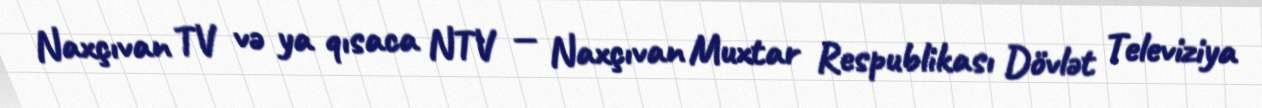
Naxçıvan TV və ya qısaca NTV — Naxçıvan Muxtar Respublikası Dövlət Televiziya